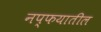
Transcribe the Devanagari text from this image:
नप्फयातील